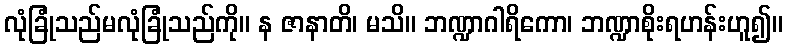
လုံခြုံသည်မလုံခြုံသည်ကို။ န ဇာနာတိ၊ မသိ။ ဘဏ္ဍာဂါရိကော၊ ဘဏ္ဍာစိုးရဟန်းဟူ၍။